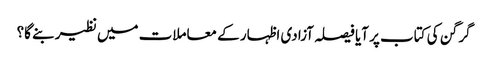
گرگن کی کتاب پر آیا فیصلہ آزادی اظہار کے معاملات میں نظیر بنے گا؟